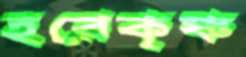
হরেকৃষ্ণ